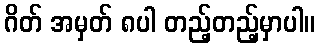
ဂိတ် အမှတ် ၈ပါ တည့်တည့်မှာပါ။